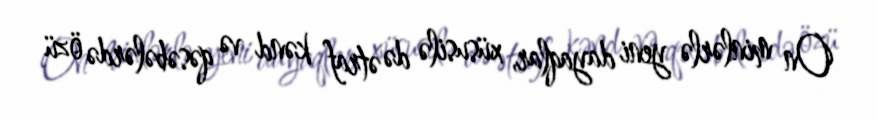
On minlərlə yeni dayaqlar, xüsusilə də ətraf kənd və qəsəbələrdə özü